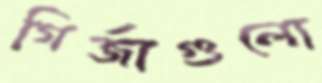
গির্জাগুলো